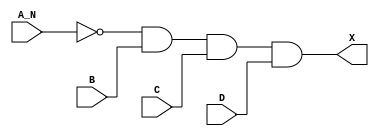
module sky130_fd_sc_hd__and4b_5 (
    X  ,
    A_N,
    B  ,
    C  ,
    D
);
    output X  ;
    input  A_N;
    input  B  ;
    input  C  ;
    input  D  ;
    wire not0_out  ;
    wire and0_out_X;
    not not0 (not0_out  , A_N              );
    and and0 (and0_out_X, not0_out, B, C, D);
    buf buf0 (X         , and0_out_X       );
endmodule